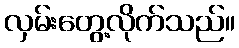
လှမ်းတွေ့လိုက်သည်။